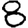
Digit: 8